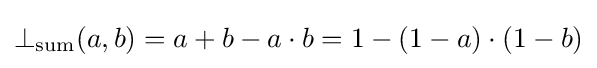
\bot _{\mathrm {sum} }(a,b)=a+b-a\cdot b=1-(1-a)\cdot (1-b)